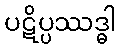
ပဋိပ္ပဿဒ္ဓါ